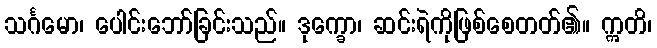
သင်္ဂမော၊ ပေါင်းဘော်ခြင်းသည်။ ဒုက္ခော၊ ဆင်းရဲကိုဖြစ်စေတတ်၏။ ဣတိ၊